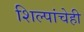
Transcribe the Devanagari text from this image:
शिल्पांचेही